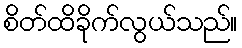
စိတ်ထိခိုက်လွယ်သည်။